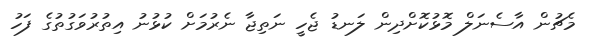
މެޗުން އާސެނަލް މޮޅުކޮށްދިން ލަނޑު ޖެހީ ނަތިޖާ ނެރުމަށް ކުޅުނު އިތުރުވަގުތުގެ ފަހު